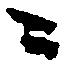
ニ